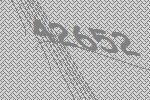
42652